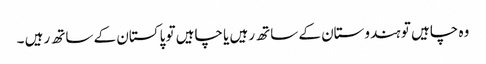
وہ چاہیں تو ہندوستان کے ساتھ رہیں یا چاہیں تو پاکستان کے ساتھ رہیں ۔